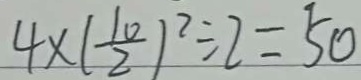
4 \times ( \frac { 1 0 } { 2 } ) ^ { 2 } \div 2 = 5 0